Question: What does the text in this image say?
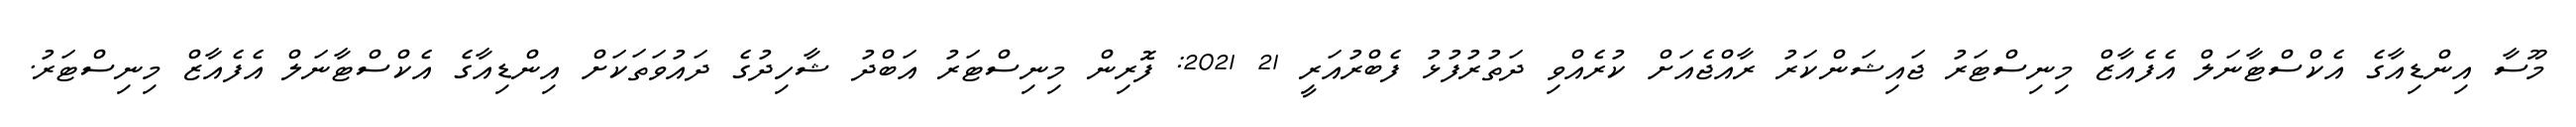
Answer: މޫސާ އިންޑިއާގެ އެކްސްޓާނަލް އެފެއާޒް މިނިސްޓަރު ޖައިޝަންކަރު ރާއްޖެއަށް ކުރެއްވި ދަތުރުފުޅު ފެބްރުއަރީ 21 2021: ފޮރިން މިނިސްޓަރު އަބްދު ޝާހިދުގެ ދައުވަތަކަށް އިންޑިއާގެ އެކްސްޓާނަލް އެފެއާޒް މިނިސްޓަރު.